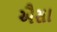
ઐસા